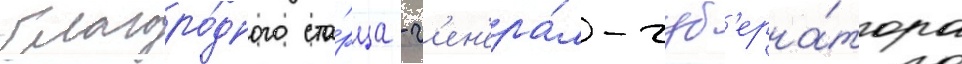
благоро́дного ста́рца - г'ен'ера́л-губ'ерна́тора